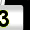
Digit: 3